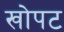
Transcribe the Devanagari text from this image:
खोपट